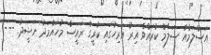
އަސްލަމްއާ ސަލާމް ކުރައްވާ އިރު އަރިހުގައި ކުރީގެ ރައީސް މުހައްމަދު ނަޝީދު. ---